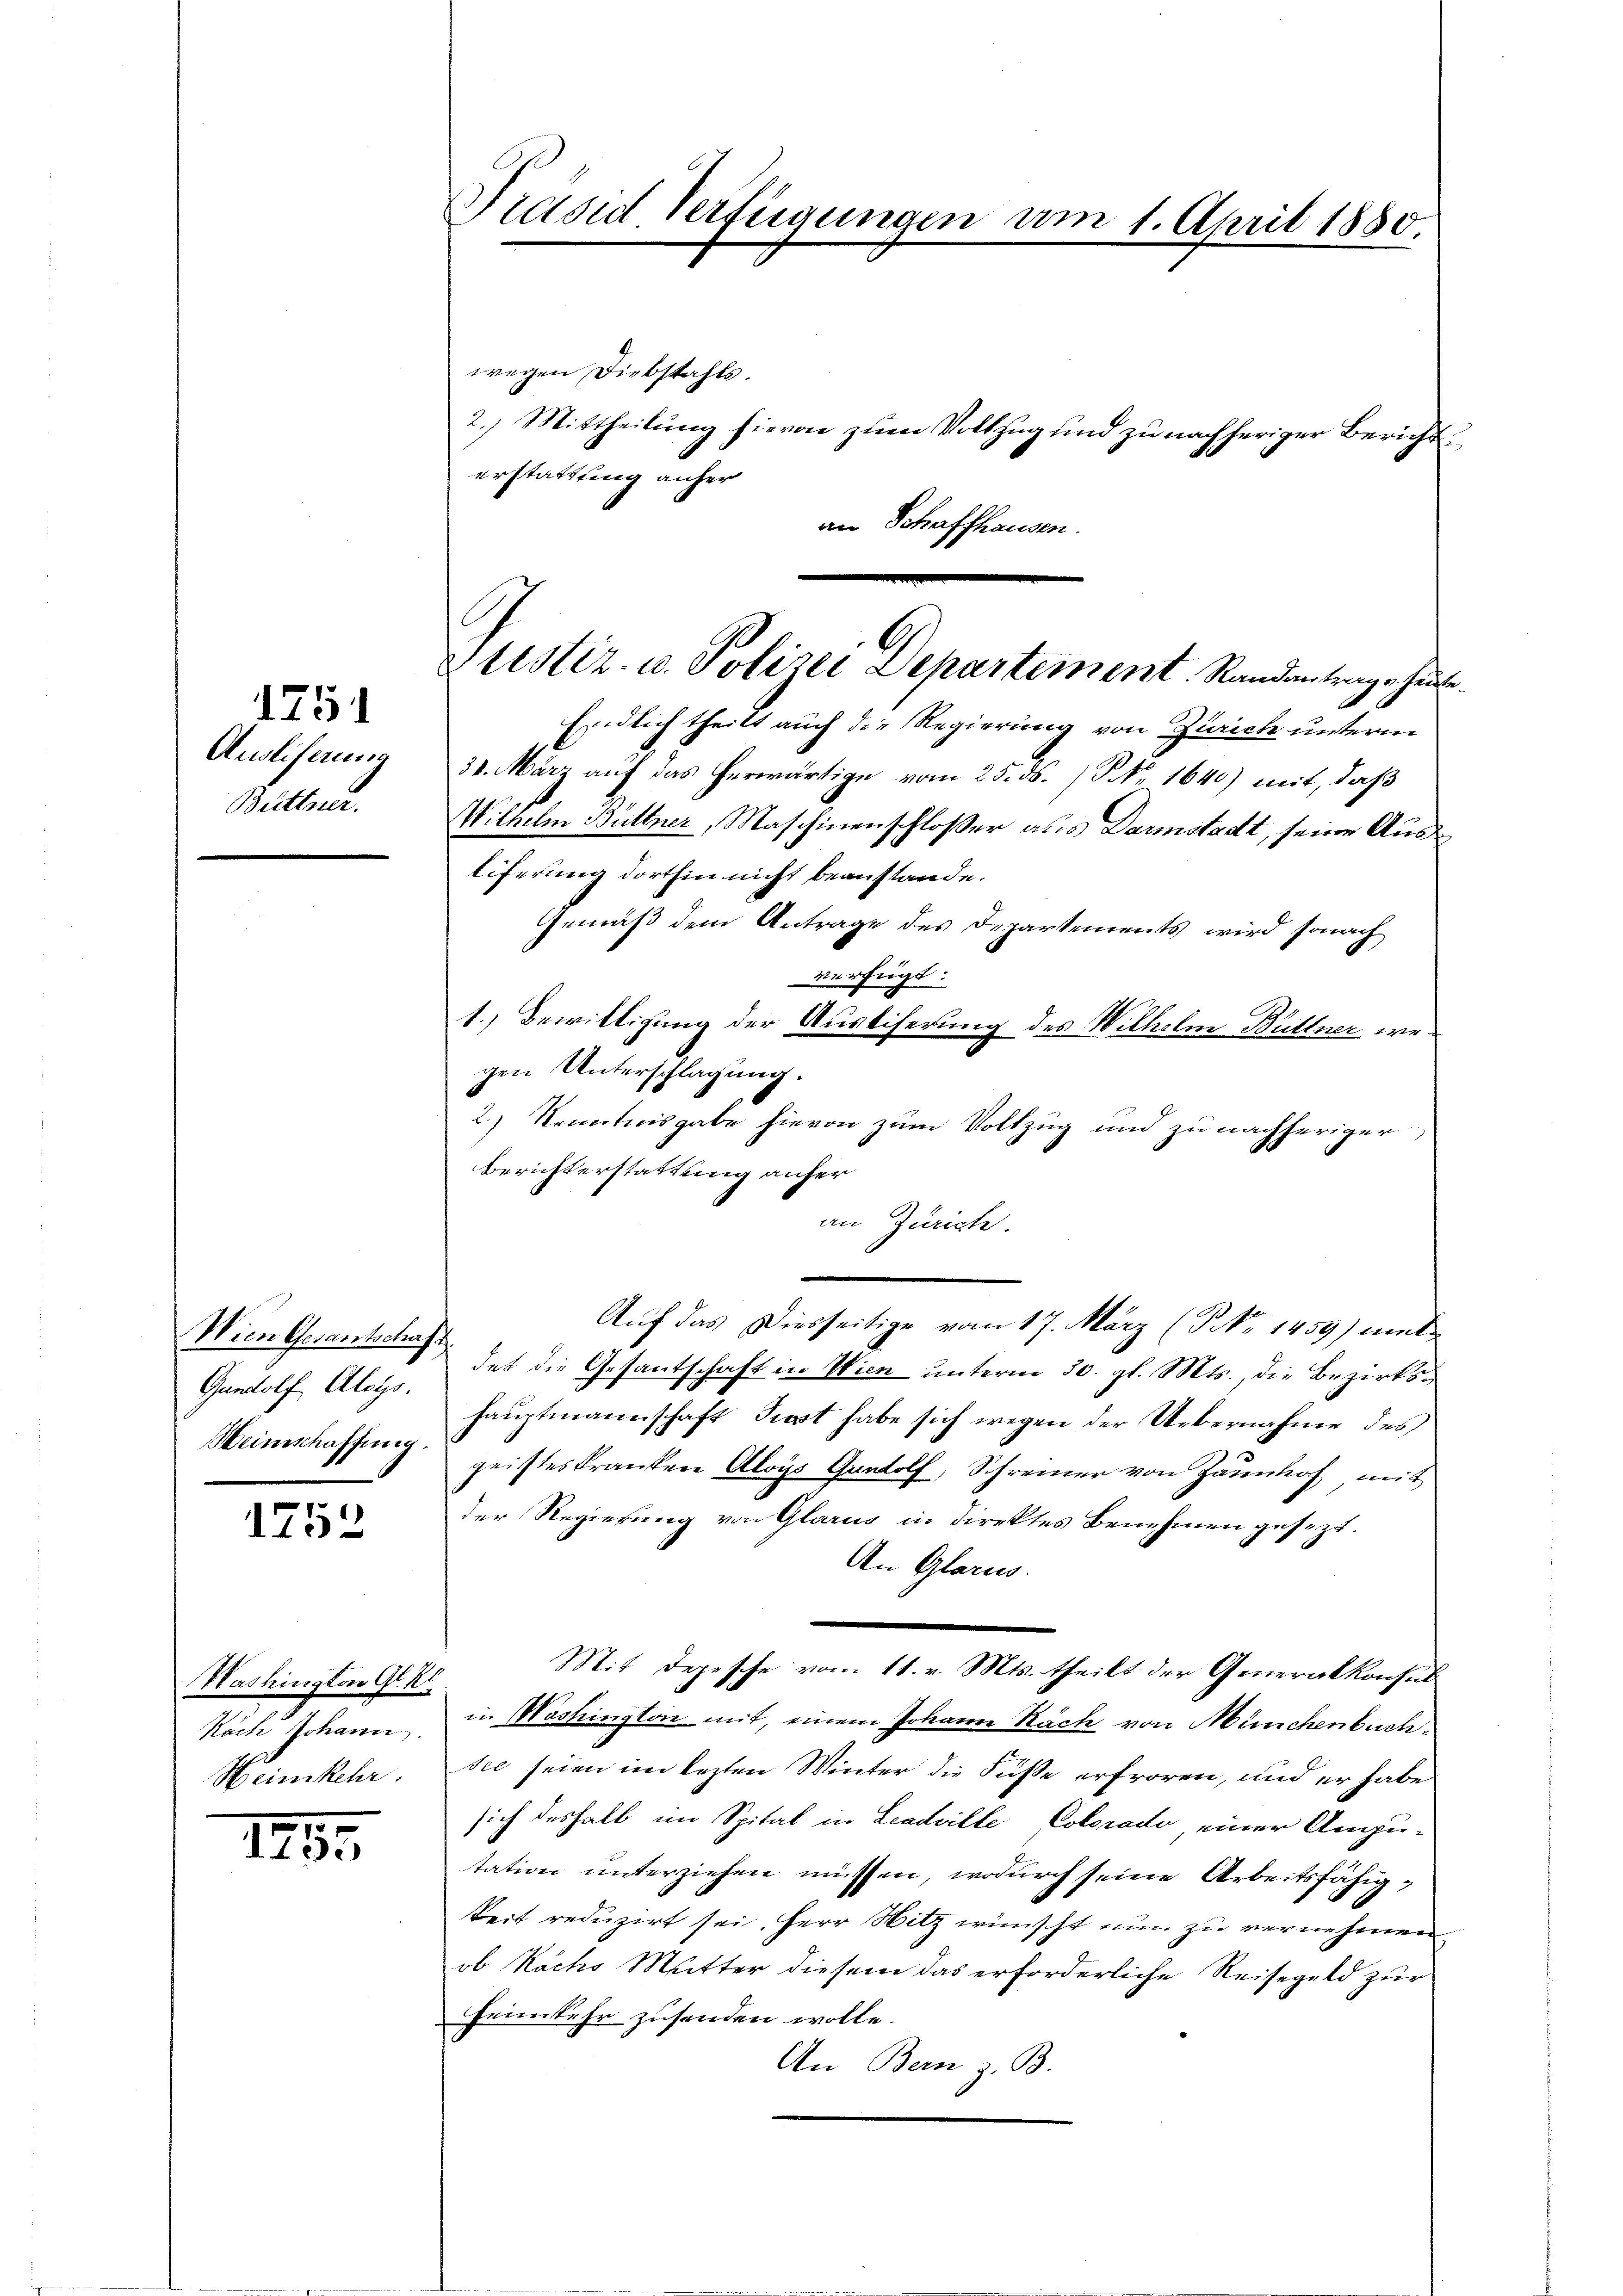
1251
Ausliferung
Büttner.

Wien Gesantschaf
Gundolf Aloys.
Weinschaffung.

1752

Washington Gl. Kr.
Kach Johann
Heimkehr.

1792.

Piased Verfügungen am 1. April 1880.

wegen Diebstahls.
erstattfing anher
an Schaffhausen.

A
Zustiz- u. Polizei Departement. Randantrage heute.

2.) Mittheilung hievon zum Vollzug und zu nachheriger Bericht

Eindlich theilt auch die Regierung von Zürich unterm
31. März auf das herwärtige vom 25. ds. / NNo. 1640) mit, daß
Wilhelm Büttner, Maschinenschloßer als Darmstadt, seine Ausliferung dorthin nicht beanstande.
Gemäß dem Antrage des Departements wird sonach
verfügt:
1.) Bewilligung der Austiferung des Wilhelm Büttner wegen Unterschlagung.
2.) Kenntnisgabe hievon zum Vollzug und zu nachheriger
Berichterstattung anfer
an Zürich
Auf das Diesseitige vom 17. März (NNo. 1459) mit
det die Gesantschaft in Wien unterm 30. gl. Mts., die Bezirkshauptmannschaft Tiert habe sich wegen der Uebernahme des
geisteskranken Aloys Gradolf, Schreiner von Zaunhof mit
der Regierung von Glarus in direktes Benehmen gesezt.
An Glarus.
Mit Depesche vom 11. v. Mts. theilt der Generalkonsul
in Washington mit, einem Johann Räche von Münchenbuchsie seien im lezten Winter die Füße erfroren, und er habe
sich deshalb im Spital in Leadrille Colorado einer Augu-
tation unterziehen müssen, wodurch seine Arbeitsfähigkeit reduzirt sei, Herr Hitz wünscht nun zu vernehmen
ob Nachs Mutter diesem das erforderliche Reisegeld zur
Heimkehr zusenden wolle.
An Bern z. B.